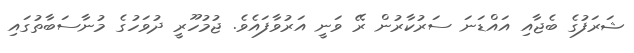
ޝަރަފުގެ ބެޖާއި އައްޑަނަ ސަރުކާރުން ރޭ ވަނީ އަރުވާފައެެވެ. ޖުމުހޫރީ ދުވަހުގެ މުނާސަބާތުގައި